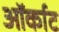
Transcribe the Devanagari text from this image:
ऑर्काट